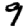
Digit: 9